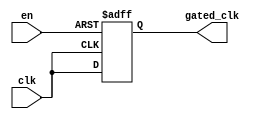
module ClockGatingBuffer (
    input wire clk,        // Main clock signal
    input wire en,        // Enable signal
    output reg gated_clk   // Gated clock output
);

// Always block to handle the gated clock logic
always @(posedge clk or negedge en) begin
    if (!en) begin
        gated_clk <= 1'b0; // Hold gated clock low when enable is low
    end else begin
        gated_clk <= clk;   // Pass through the clock when enabled
    end
end

endmodule